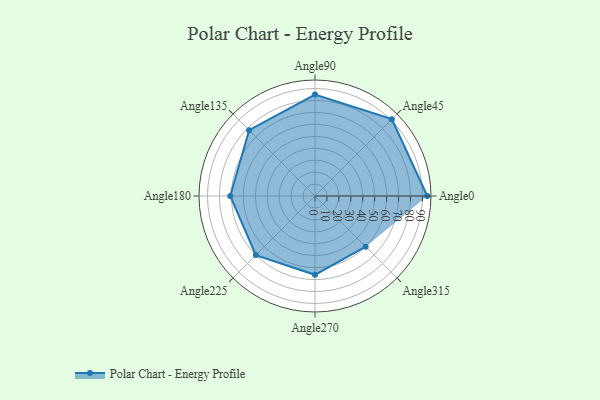
{"axis": {"x": "Angle", "y": "Radius"}, "legend": [""], "data": [{"x": "Angle0", "y": 94.0, "type": ""}, {"x": "Angle45", "y": 91.0, "type": ""}, {"x": "Angle90", "y": 85.0, "type": ""}, {"x": "Angle135", "y": 78.0, "type": ""}, {"x": "Angle180", "y": 71.0, "type": ""}, {"x": "Angle225", "y": 70.0, "type": ""}, {"x": "Angle270", "y": 66.0, "type": ""}, {"x": "Angle315", "y": 60.0, "type": ""}]}